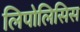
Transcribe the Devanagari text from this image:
लिपोलिसिस